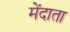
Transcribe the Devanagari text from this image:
मेंदाता